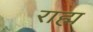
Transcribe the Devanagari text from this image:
राह्म